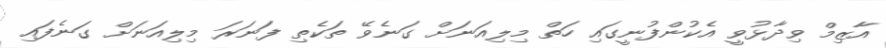
އާޒިމް ވިދާޅުވީ އެކުންފުނީގައި ހަތް މިލިއަނަށް ގަނެވޭ ތަކެތި ފަނަރަ މިލިއަނަށް ގަނެފައި